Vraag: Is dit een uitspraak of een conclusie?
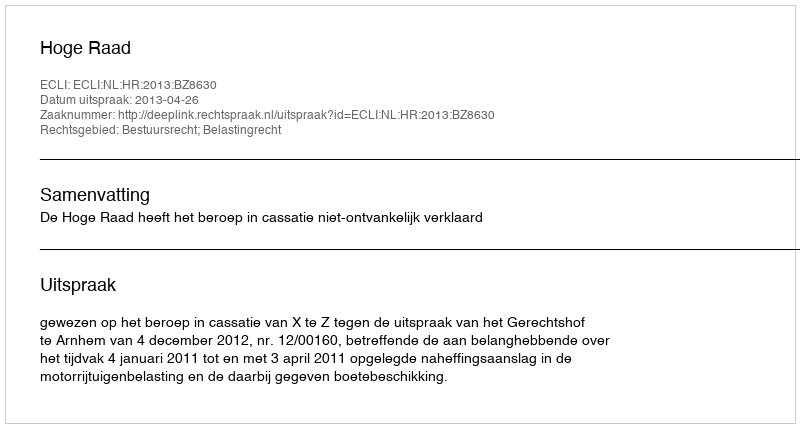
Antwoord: Uitspraak